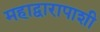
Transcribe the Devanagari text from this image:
महाद्वारापाशी